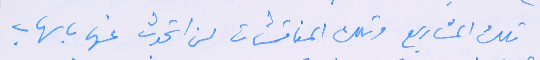
تلك المشاريع وتلك المناقشات لن اتحدث عنها باسهاب